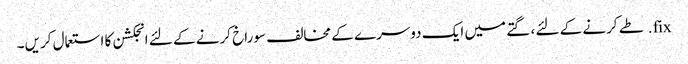
fix. طے کرنے کے لئے ، گتے میں ایک دوسرے کے مخالف سوراخ کرنے کے لئے انجکشن کا استعمال کریں۔